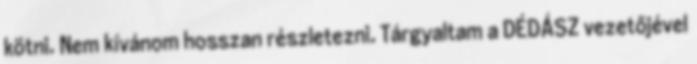
kötni. Nem kívánom hosszan részletezni. Tárgyaltam a DÉDÁSZ vezetőjével